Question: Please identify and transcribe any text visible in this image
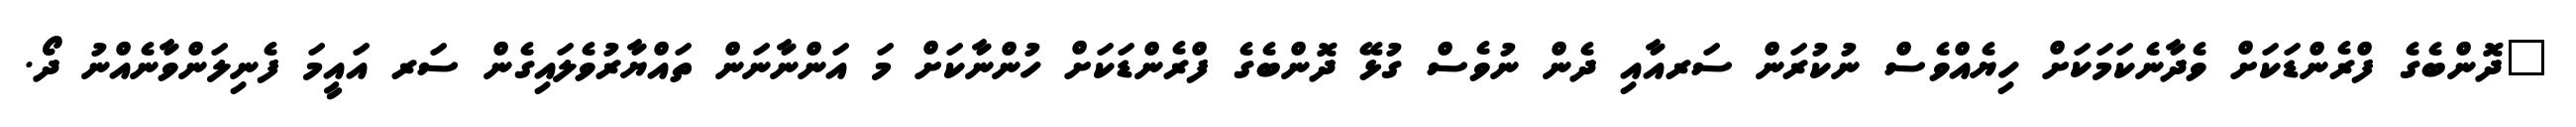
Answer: "ދޮންބެގެ ފްރެންޑަކަށް ވެދާނެކަމަކަށް ހިޔެއްވެސް ނުކުރަން ސަރއާއި ދެން ނުވެސް ގުޅޭ ދޮންބެގެ ފްރެންޑަކަށް ހުންނާކަށް މަ އަންނާނަން ތައްޔާރުވެލައިގެން ސަރ އައީމަ ފެނިލަންވާނެއްނު ދޯ.